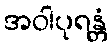
အဝါပုရန္တံ